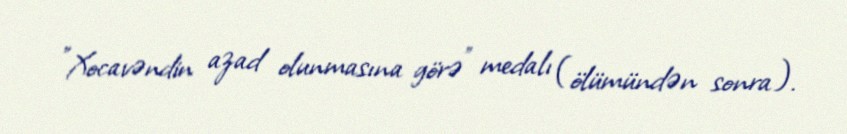
"Xocavəndin azad olunmasına görə" medalı (ölümündən sonra).